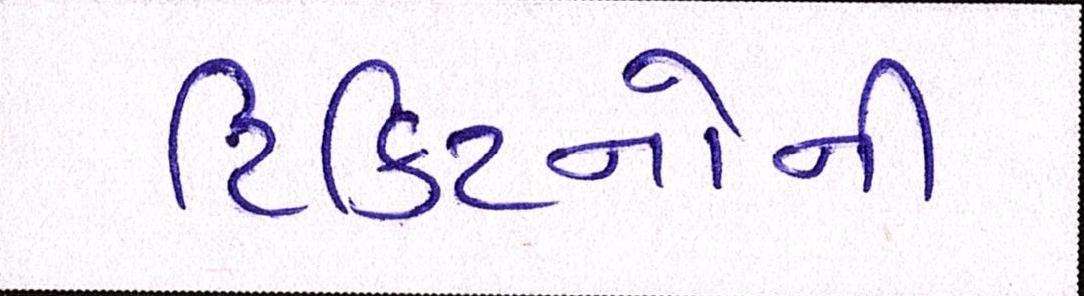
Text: ટિકિટનોની